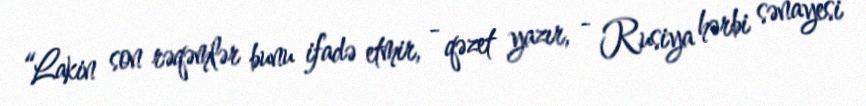
“Lakin son rəqəmlər bunu ifadə etmir, - qəzet yazır, - Rusiya hərbi sənayesi